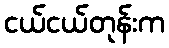
ငယ်ငယ်တုန်းက